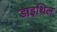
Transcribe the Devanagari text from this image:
डाइथिल